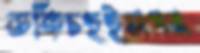
ডকিচহইসপন